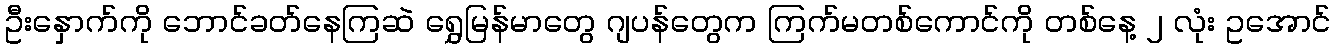
ဦးနှောက်ကို ဘောင်ခတ်နေကြဆဲ ရွှေမြန်မာတွေ ဂျပန်တွေက ကြက်မတစ်ကောင်ကို တစ်နေ့ ၂ လုံး ဥအောင်